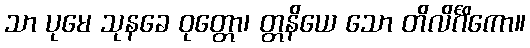
သာ ပုမေ သုနခေ ဝုတ္တော၊ တ္တနိယေ သော တိလိင်္ဂိကော။